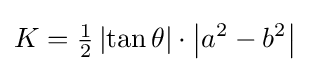
K={\tfrac {1}{2}}\left|\tan \theta \right|\cdot \left|a^{2}-b^{2}\right|